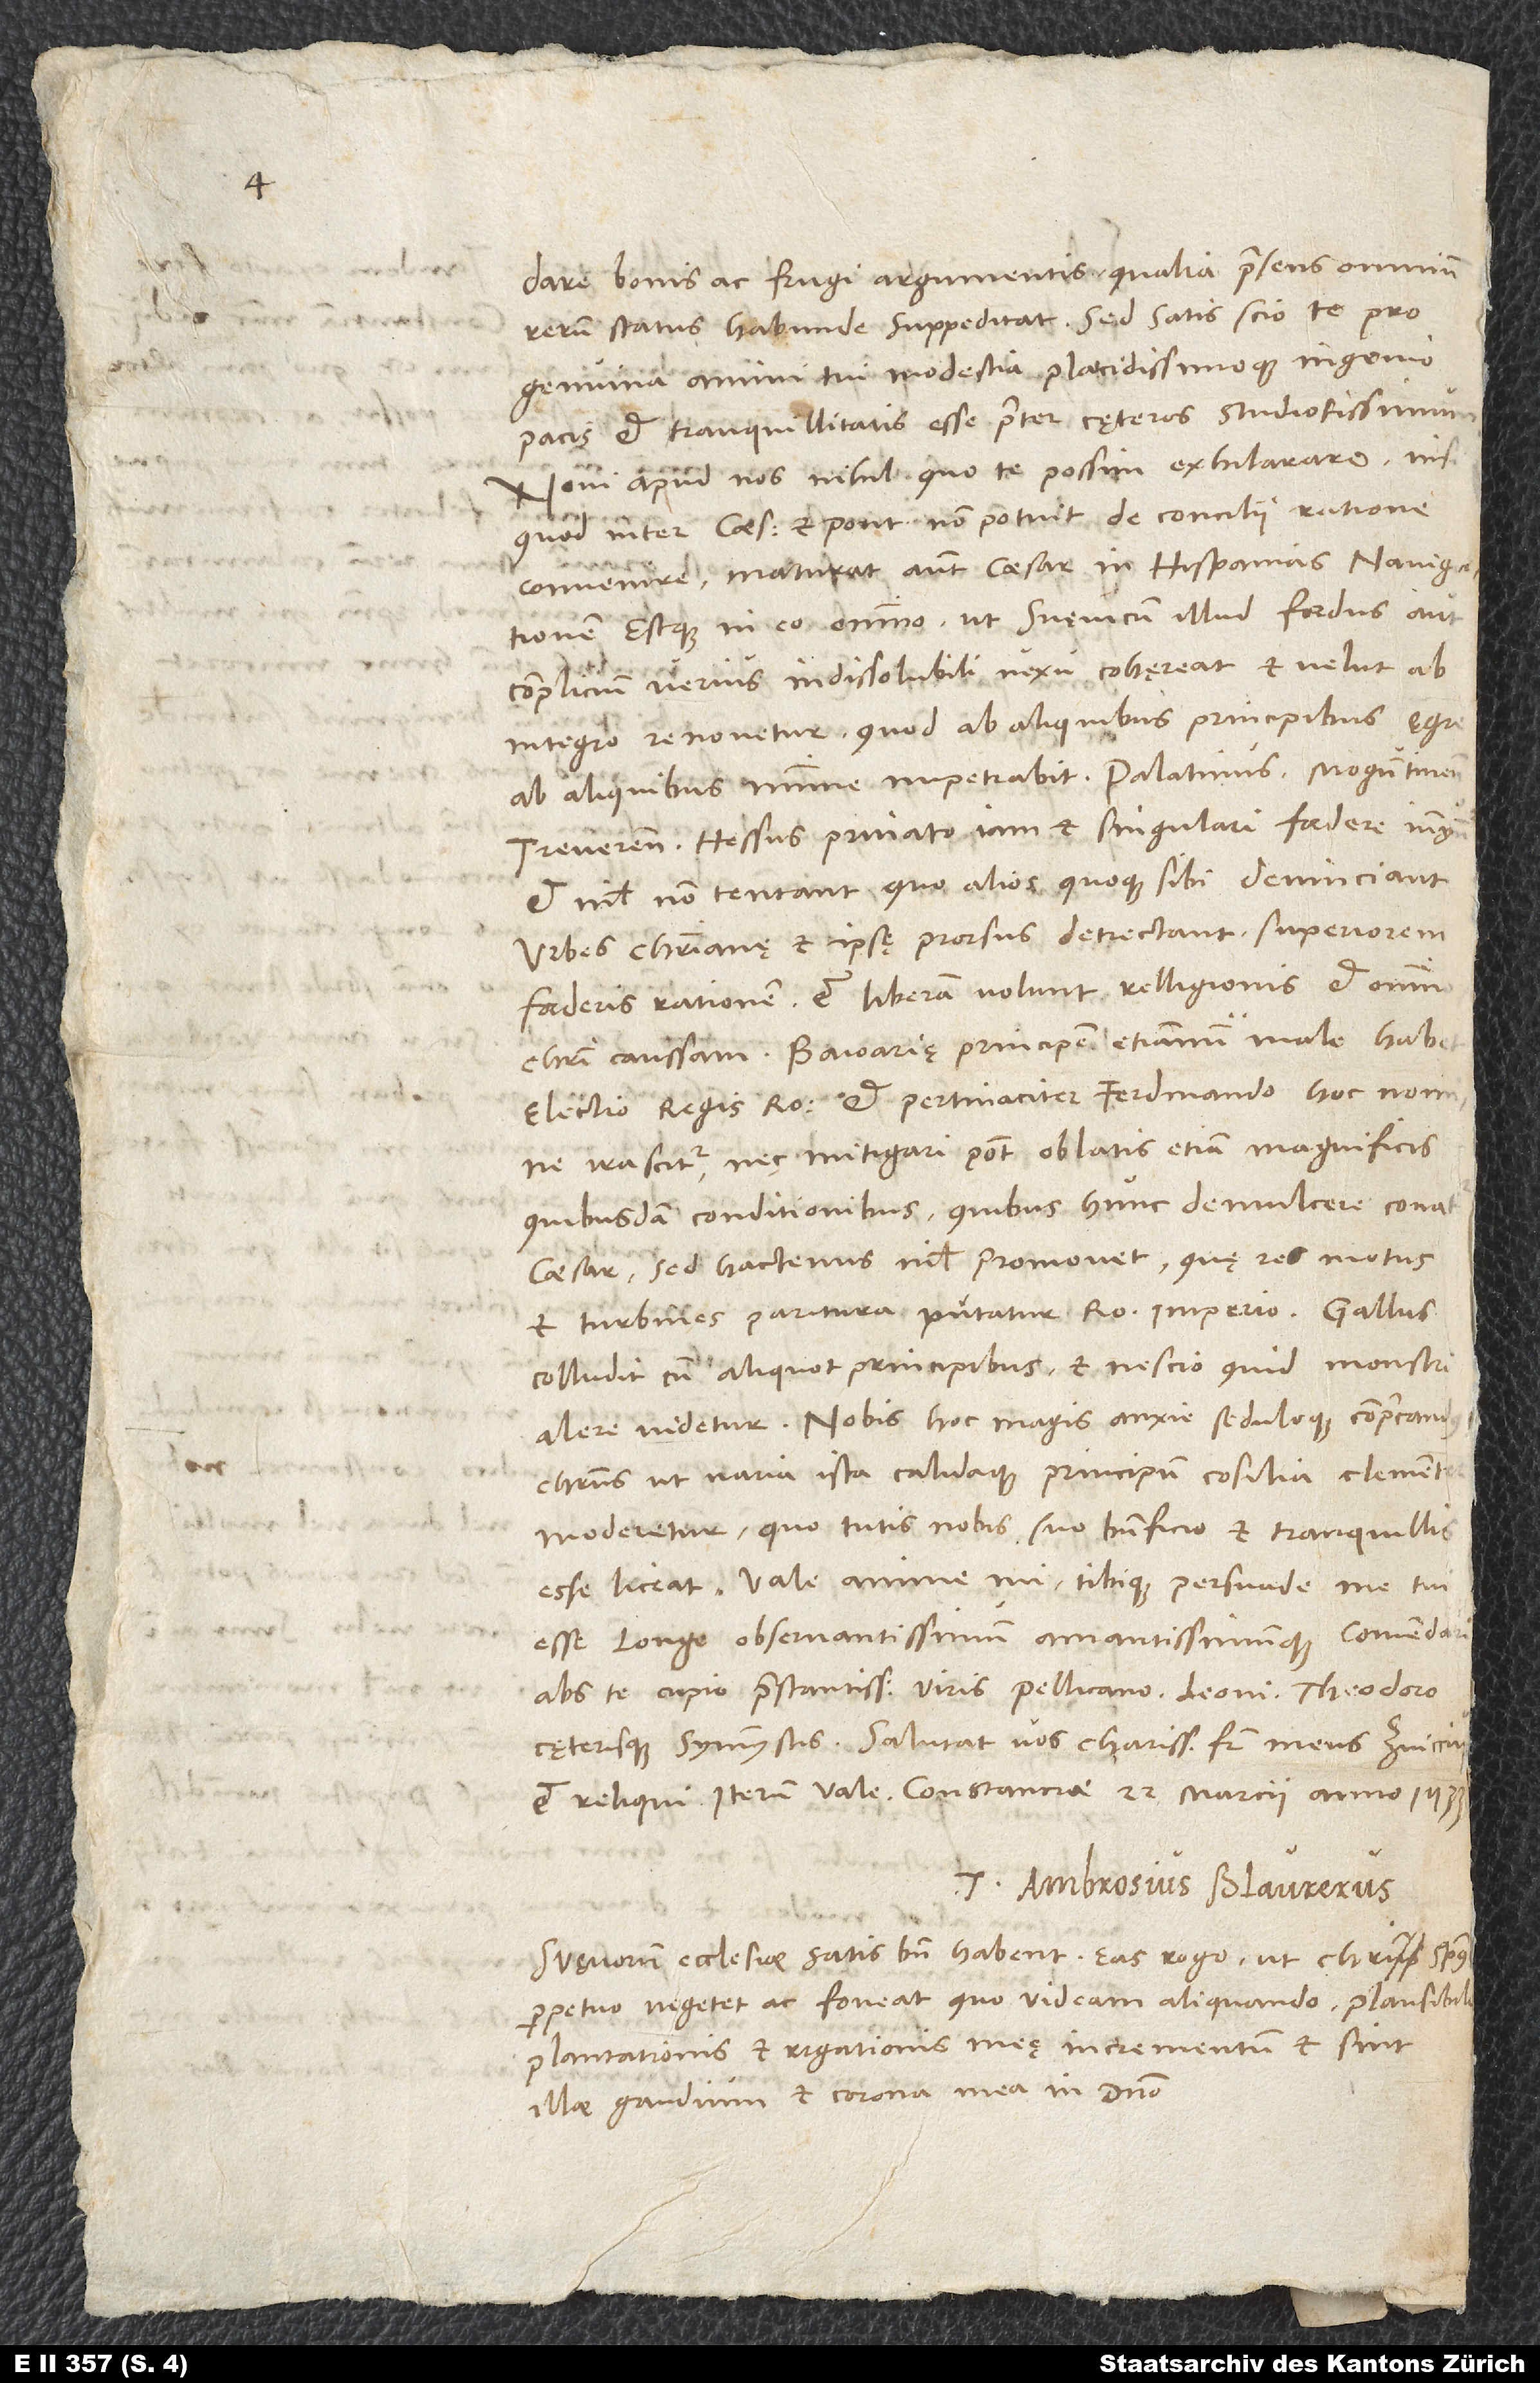
dare bonis ac frugi argumentis, qualia praesens omnium
rerum status habunde suppeditat. Sed satis scio te pro
genuina animi tui modestia placidissimoque ingenio
pacis et tranquillitatis esse praeter cęteros studiosissimum.
Novi apud nos nihil, quo te possim exhilarare, nisi
quod inter caesarem et pontificem non potuit de concilii ratione
convenire. Maturat autem caesar in Hispanias navigationem
estque in eo omnino, ut Suevicum illud foedus aut
complicium verius indissolubili nexu cohęreat et velut ab
integro renovetur, quod ab aliquibus principibus aegre,
ab aliquibus minime impetrabit. Palatinus, Moguntinensis,
Treverensis, Hessus privato iam et singulari foedere iunguntur
et nihil non tentant, quo alios quoque sibi devinciant.
Urbes christianae et ipsę prorsus detrectant superiorem
foederis rationem et liberam volunt relligionis et omnino
Christi caussam. Baioariae principem etiam num male habet
electio regis Romani, et pertinaciter Ferdinando hoc nomine
irascitur nec mitigari potest oblatis etiam magnificis
quibusdam conditionibus, quibus hunc demulcere conatur
caesar. Sed hactenus nihil promovet. Quę res motus
et turbines paritura putatur Romano imperio. Gallus
colludit cum aliquot principibus et nescio quid monstri
alere videtur. Nobis hoc magis anxie seduloque comprecandus
Christus, ut varia ista calidaque principum consilia clementer
moderetur, quo tutis nobis suo beneficio et tranquillis
Vale, anime mi, tibique persuade me tui
esse longe observantissimum amantissimumque. Commendari
abs te cupio praestantissimis viris Pellicano, Leoni, Theodoro
cęterisque symmystis. Salutat vos charissimus frater meus, Zuiccius
Tuus Ambrosius Blaurerus.
Suevorum ecclesiae satis bene habent. Eas rogo ut Christi spiritus
perpetuo vegetet ac foveat, quo videam aliquando plausibile
plantationis et rigationis meę incrementum et sint
illae gaudium et corona mea in domino.